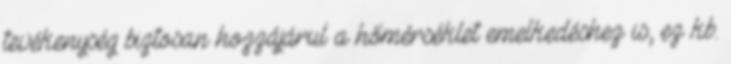
tevékenység biztosan hozzájárul a hőmérséklet emelkedéshez is, ez kb.